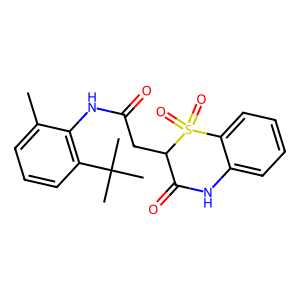
SMILES: Cc1cccc(C(C)(C)C)c1NC(=O)CC1C(=O)Nc2ccccc2S1(=O)=O
Inhibits HIV replication: No